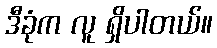
ဒီခုံက လူ ရှိပါတယ်။